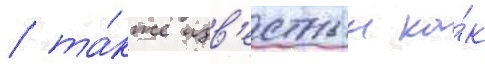
/ та́кже изв'естныи ка́к